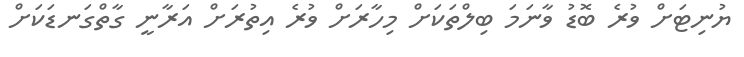
ޔުނިޓަށް ވުރެ ބޮޑު ވާނަމަ ބިލްތަކަށް މިހާރަށް ވުރެ އިތުރަށް އަރާނީ ގާތްގަނޑަކަށް